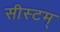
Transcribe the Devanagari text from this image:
सीस्टम्